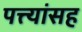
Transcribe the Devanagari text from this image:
पत्त्यांसह